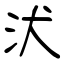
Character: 汱